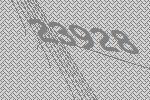
23928